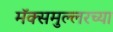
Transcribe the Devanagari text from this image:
मॅक्समुल्लरच्या